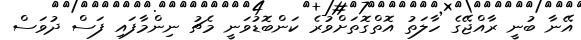
އޭނާ ބުނީ ރާއްޖޭގެ ހާލަތު އޮތްގޮތަށްވުރެ ކަންބޮޑުވަނީ މެޗު ނިންމާފައި ފަސް ދުވަސް